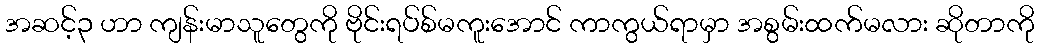
အဆင့်၃ ဟာ ကျန်းမာသူတွေကို ဗိုင်းရပ်စ်မကူးအောင် ကာကွယ်ရာမှာ အစွမ်းထက်မလား ဆိုတာကို